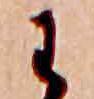
わ